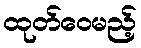
ထုတ်ဝေမည့်